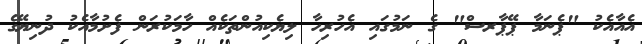
އެއާއެކު "ޕެނަމާ ޕޭޕާރސް" ގެ ނަމުގައި އެހުރިހާ ލިޔެކިއުންތަކެއް ހާމަކުރަން ފެށުމާއެކު ދުނިޔޭގެ